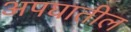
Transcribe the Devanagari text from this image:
अपघातील